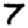
Digit: 7